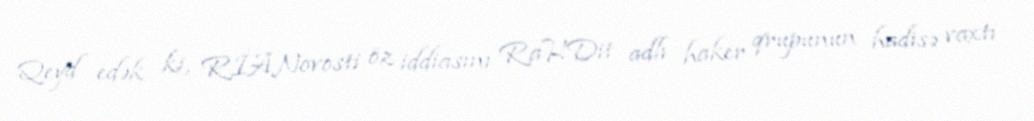
Qeyd edək ki, RİANovosti öz iddiasını RaHDit adlı haker qrupunun hadisə vaxtı